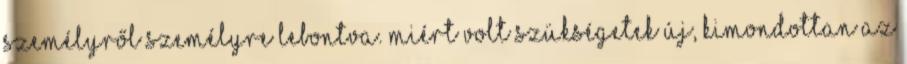
személyről személyre lebontva. Miért volt szükségetek új, kimondottan az